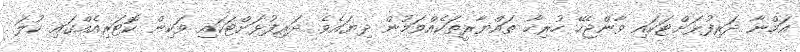
އަމްނާ ދަރިފުޅަށްޓަކައި ވާންޖެހޭ ހުރިހާ ތައްޔާރީތަކެއްވަމުން ދިޔައެވެ. ދަރިފުޅަށްޓަކައި ވަކިން ކޮޓަރިއެއްގައި ކުލަ